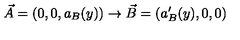
\vec { A } = ( 0 , 0 , a _ { B } ( y ) ) \rightarrow \vec { B } = ( a _ { B } ^ { \prime } ( y ) , 0 , 0 )